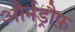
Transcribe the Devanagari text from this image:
और्नड्रौफ़